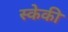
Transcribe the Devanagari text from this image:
स्केकी